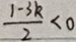
\frac { 1 - 3 k } { 2 } < 0